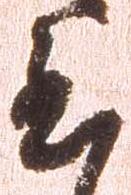
至